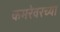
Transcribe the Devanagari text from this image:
कमरेवरच्या